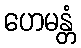
ဟေမန္တံ